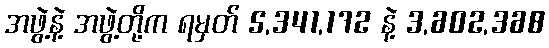
အဖွဲ့နဲ့ အဖွဲ့တို့က ရမှတ် 5,341,172 နဲ့ 3,602,368